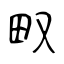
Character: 𤰖